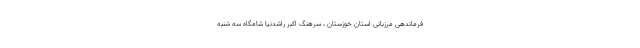
فرماندهی مرزبانی استان خوزستان ، سرهنگ اکبر راشدنیا شامگاه سه شنبه